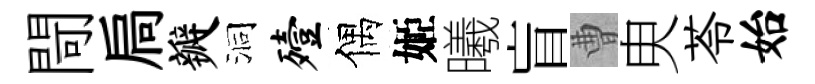
閜扃瓣洞殪偶姬曦盲曹㬰苓始